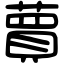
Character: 蕒